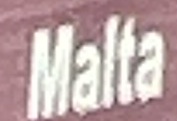
Malta